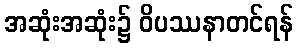
အဆုံးအဆုံး၌ ဝိပဿနာတင်ရန်